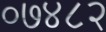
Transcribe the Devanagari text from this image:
०७४८२